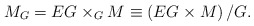
\begin{align*}M_{G} = EG \times_{G} M \equiv \left(EG \times M\right)/G.\end{align*}